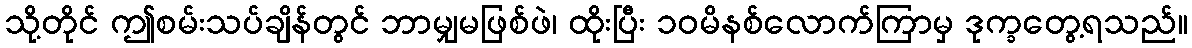
သို့တိုင် ဤစမ်းသပ်ချိန်တွင် ဘာမျှမဖြစ်ဖဲ၊ ထိုးပြီး ၁၀မိနစ်လောက်ကြာမှ ဒုက္ခတွေ့ရသည်။